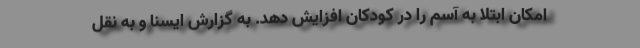
امکان ابتلا به آسم را در کودکان افزایش دهد. به گزارش ایسنا و به نقل